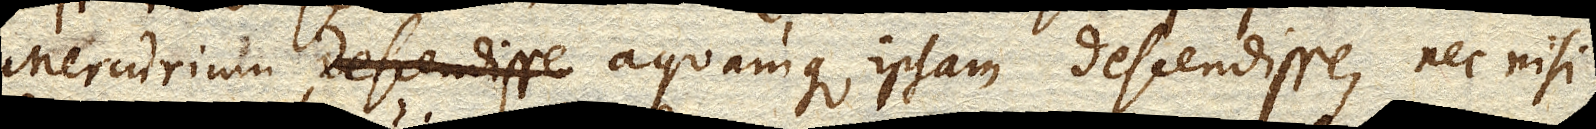
Mercurium, aquamque ipsam descendisse, nec nisi